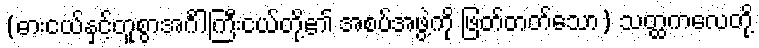
(ဓားငယ်နှင့်တူစွာအင်္ဂါကြီးငယ်တို့၏ အစပ်အဖွဲ့ကို ဖြတ်တတ်သော) သတ္ထကလေတို့